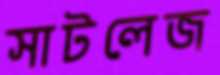
সাটলেজ